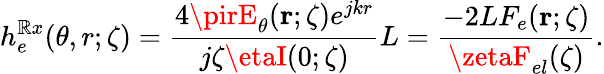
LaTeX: h_{e}^{\mathbb{R}x}(\theta,r;\zeta)=\frac{{4\pirE_{\theta}({\mathbf{r}};\zeta)e^{jkr}}}{{j\zeta\etaI(0;\zeta)}}L=\frac{{-2LF_{e}({\mathbf{r}};\zeta)}}{{\zetaF_{el}(\zeta)}}.